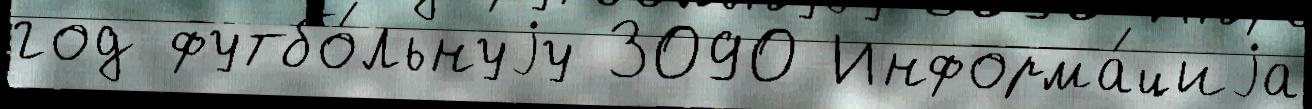
год футбо́льнуjу 3090 Информа́циjа